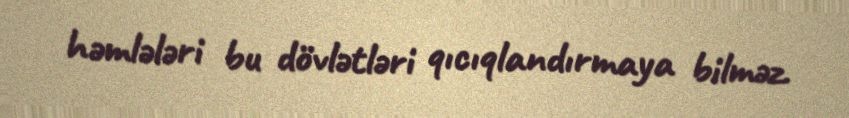
həmlələri bu dövlətləri qıcıqlandırmaya bilməz.